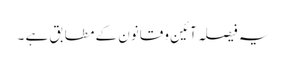
یہ فیصلہ آئین و قانون کے مطابق ہے ۔